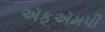
ઍફઍમપી